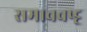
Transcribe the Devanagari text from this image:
समाववष्ट्ट